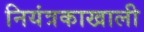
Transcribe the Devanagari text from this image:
नियंत्रकाखाली